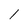
Character: 1